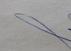
Signature authenticity: genuine